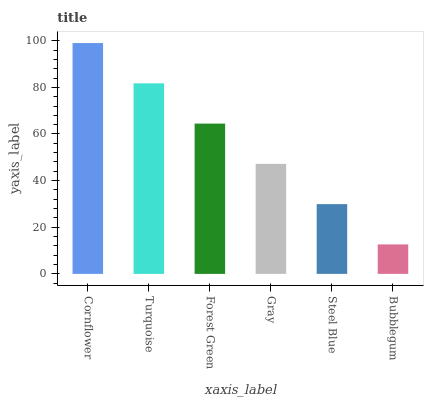
| xaxis_label | bars |
 | --- | --- |
 | Cornflower | 99 |
 | Turquoise | 81.7 |
 | Forest Green | 64.5 |
 | Gray | 47.2 |
 | Steel Blue | 29.9 |
 | Bubblegum | 12.7 |